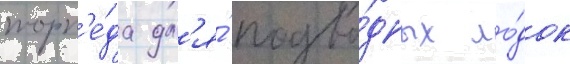
торп'е́да дл'я́ подво́дных ло́док